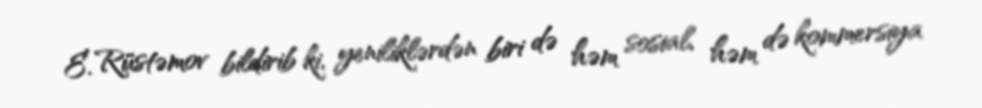
E. Rüstəmov bildirib ki, yeniliklərdən biri də həm sosial, həm də kommersiya